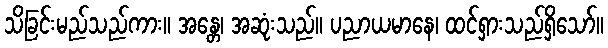
သိခြင်းမည်သည်ကား။ အန္တေ၊ အဆုံးသည်။ ပညာယမာနေ၊ ထင်ရှားသည်ရှိသော်။